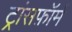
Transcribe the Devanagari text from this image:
ट्रांसफ़ॉर्म